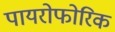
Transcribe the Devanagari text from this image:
पायरोफोरिक